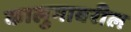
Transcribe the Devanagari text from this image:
कालुगावरील